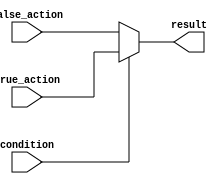
module ternary_operator (
    input wire condition,
    input wire true_action,
    input wire false_action,
    output reg result
);

always @(*) begin
    result = condition ? true_action : false_action;
end

endmodule